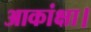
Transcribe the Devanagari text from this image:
आकांक्षा।